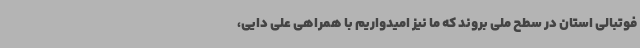
فوتبالی استان در سطح ملی بروند که ما نیز امیدواریم با همراهی علی دایی،